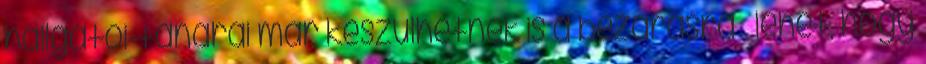
hallgatói-tanárai már készülhetnek is a bezárásra – lehet, hogy